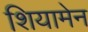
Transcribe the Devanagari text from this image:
शियामेन